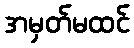
အမှတ်မထင်